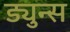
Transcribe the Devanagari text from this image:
ड्युन्स